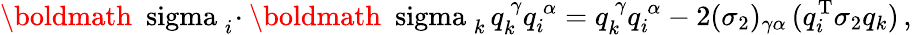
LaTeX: \mathrm{\boldmath~\ sigma~}_{i}\! \cdot\mathrm{\boldmath~\ sigma~}_{k}\, q_{k}^{\, \gamma}q_{i}^{\, \alpha}=q_{k}^{\, \gamma}q_{i}^{\, \alpha}-2(\sigma_{2})_{\gamma\alpha}\, (q_{i}^{\mathrm{T}}\sigma_{2}q_{k})\, ,